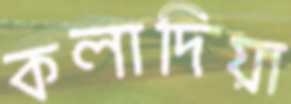
কলাদিয়া